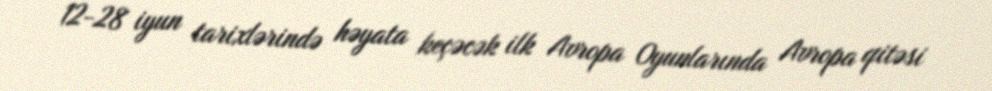
12-28 iyun tarixlərində həyata keçəcək ilk Avropa Oyunlarında Avropa qitəsi